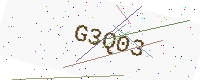
Text: G3Q03